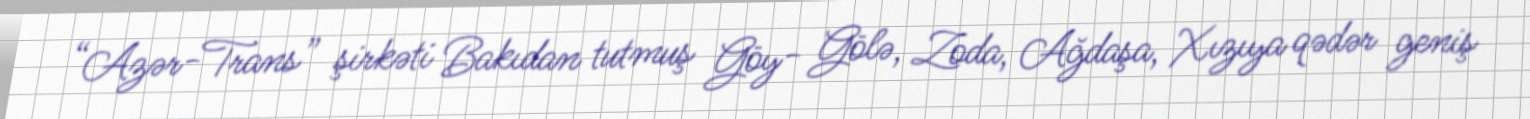
“Azər-Trans” şirkəti Bakıdan tutmuş Göy- Gölə, Zoda, Ağdaşa, Xızıya qədər geniş